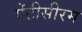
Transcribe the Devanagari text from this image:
ऐंटीसीरम